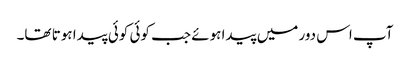
آپ اس دور میں پیدا ہوئے جب کوئی کوئی پیدا ہوتا تھا۔